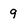
Character: 9